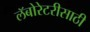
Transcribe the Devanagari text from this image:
लॅबोरेटरीसाठी